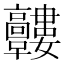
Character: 𩫰